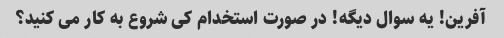
آفرین! یه سوال دیگه! در صورت استخدام کی شروع به کار می کنید؟